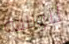
للولادة